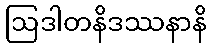
ဩဒါတနိဒဿနာနိ